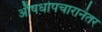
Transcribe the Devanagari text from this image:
औषधोपचारानंतर